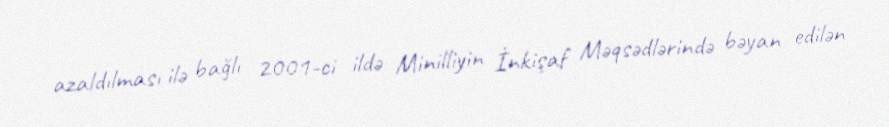
azaldılması ilə bağlı 2001-ci ildə Minilliyin İnkişaf Məqsədlərində bəyan edilən